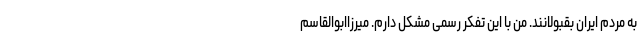
به مردم ایران بقبولانند. من با این تفکر رسمی مشکل دارم. میرزاابوالقاسم